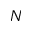
N